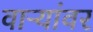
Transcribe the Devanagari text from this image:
वाऱ्यांवर